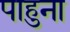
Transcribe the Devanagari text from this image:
पाहुना